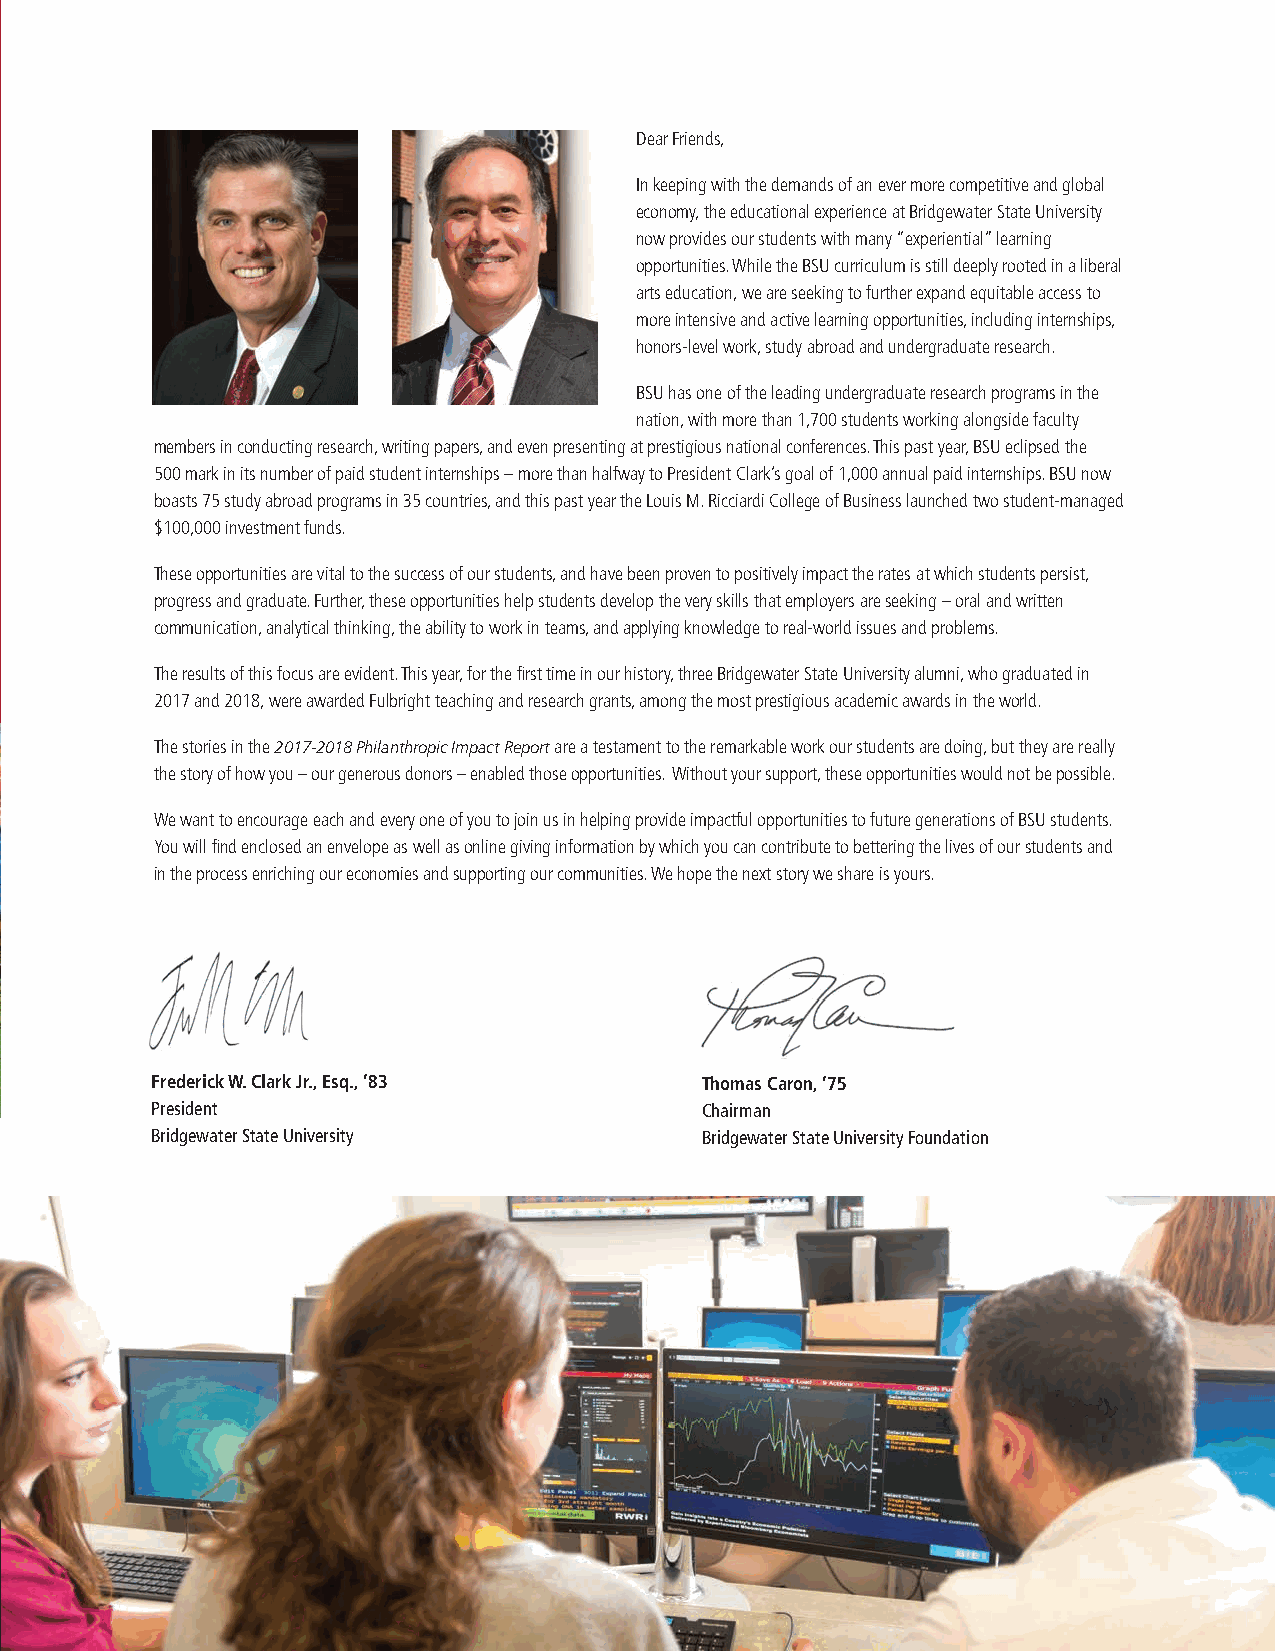
Save The Date!
 Dear Friends,
 In keeping with the demands of an ever more competitive and global
 economy, the educational experience at Bridgewater State University
 now provides our students with many “experiential” learning
 opportunities. While the BSU curriculum is still deeply rooted in a liberal
 arts education, we are seeking to further expand equitable access to
 more intensive and active learning opportunities, including internships,
 honors-level work, study abroad and undergraduate research.
 BSU has one of the leading undergraduate research programs in the
 nation, with more than 1,700 students working alongside faculty
 members in conducting research, writing papers, and even presenting at prestigious national conferences. This past year, BSU eclipsed the
 500 mark in its number of paid student internships – more than halfway to President Clark’s goal of 1,000 annual paid internships. BSU now
 boasts 75 study abroad programs in 35 countries, and this past year the Louis M. Ricciardi College of Business launched two student-managed
 $100,000 investment funds.
 These opportunities are vital to the success of our students, and have been proven to positively impact the rates at which students persist,
 progress and graduate. Further, these opportunities help students develop the very skills that employers are seeking – oral and written
 communication, analytical thinking, the ability to work in teams, and applying knowledge to real-world issues and problems.
 The results of this focus are evident. This year, for the fi rst time in our history, three Bridgewater State University alumni, who graduated in
 2017 and 2018, were awarded Fulbright teaching and research grants, among the most prestigious academic awards in the world.
 The stories in the 2017-2018 Philanthropic Impact Report are a testament to the remarkable work our students are doing, but they are really
 the story of how you – our generous donors – enabled those opportunities. Without your support, these opportunities would not be possible.
 We want to encourage each and every one of you to join us in helping provide impactful opportunities to future generations of BSU students.
 You will fi nd enclosed an envelope as well as online giving information by which you can contribute to bettering the lives of our students and
 in the process enriching our economies and supporting our communities. We hope the next story we share is yours.
 Frederick W. Clark Jr., Esq., ’83   Thomas Caron, ’75
 President                           Chairman
 Bridgewater State University        Bridgewater State University Foundation
 For a complete schedule of events and registration information
 visit bridgew.edu/homecomingfamilyday.
 STAY CONNECTED WITH BSU ALUMNI.
 @BSUalum @BSU_Alumni @BSU_Alumni
 SATURDAY OCTOBER 13, 2018